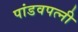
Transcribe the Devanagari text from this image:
पांडवपत्‍नी